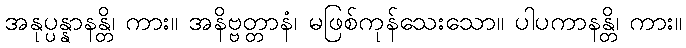
အနုပ္ပန္နာနန္တိ၊ ကား။ အနိဗ္ဗတ္တာနံ၊ မဖြစ်ကုန်သေးသော။ ပါပကာနန္တိ၊ ကား။